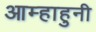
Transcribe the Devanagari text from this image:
आम्हाहुनी